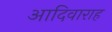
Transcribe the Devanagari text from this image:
आदिवाराह